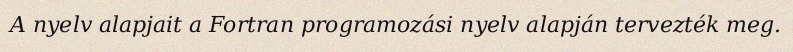
A nyelv alapjait a Fortran programozási nyelv alapján tervezték meg.